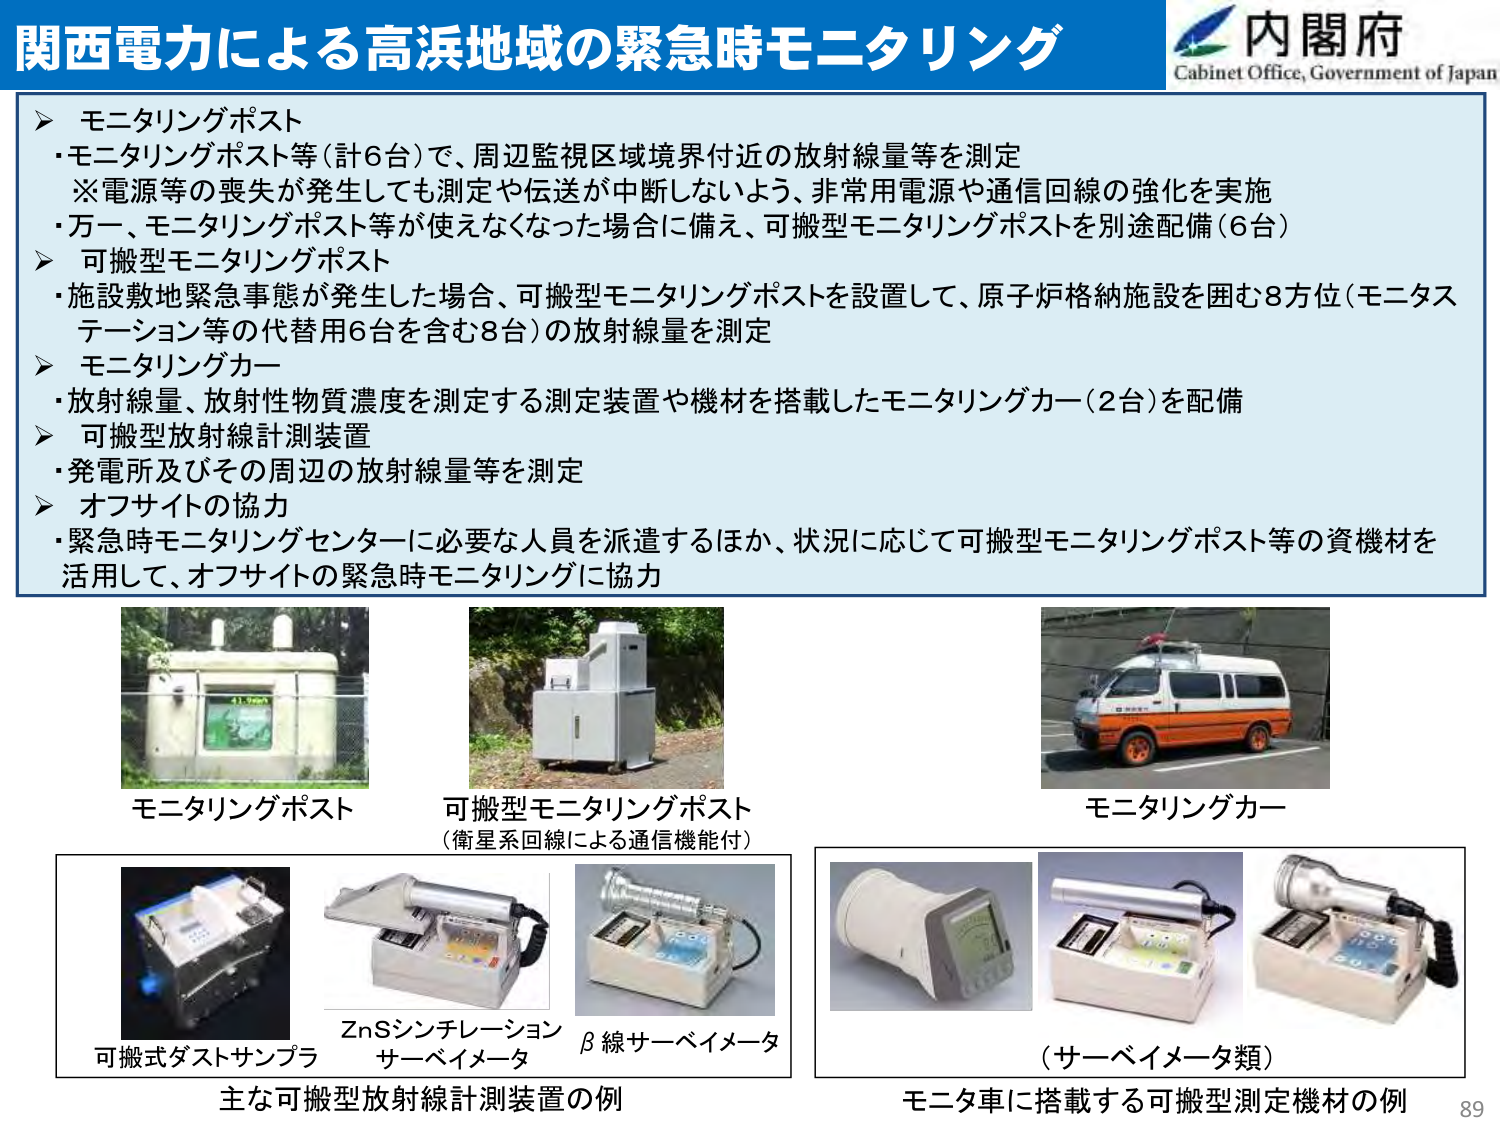
関西電力による高浜地域の緊急時モニタリング

内閣府
Cabinet Office, Government of Japan

▶ モニタリングポスト
・モニタリングポスト等（計6台）で、周辺監視区域境界付近の放射線量等を測定
※電源等の喪失が発生しても測定や伝送が中断しないよう、非常用電源や通信回線の強化を実施
・万一、モニタリングポスト等が使えなくなった場合に備え、可搬型モニタリングポストを別途配備（6台）

▶ 可搬型モニタリングポスト
・施設敷地緊急事態が発生した場合、可搬型モニタリングポストを設置して、原子炉格納施設を囲む8方位（モニタステーション等の代替用6台を含む8台）の放射線量を測定

▶ モニタリングカー
・放射線量、放射性物質濃度を測定する測定装置や機材を搭載したモニタリングカー（2台）を配備

▶ 可搬型放射線計測装置
・発電所及びその周辺の放射線量等を測定

▶ オフサイトの協力
・緊急時モニタリングセンターに必要な人員を派遣するほか、状況に応じて可搬型モニタリングポスト等の資機材を活用して、オフサイトの緊急時モニタリングに協力

モニタリングポスト

可搬型モニタリングポスト
（衛星系回線による通信機能付）

モニタリングカー

可搬式ダストサンプラ

ZnSシンチレーション
サーベイメータ

β線サーベイメータ

主な可搬型放射線計測装置の例

（サーベイメータ類）

モニタ車に搭載する可搬型測定機材の例

89